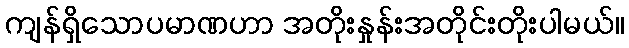
ကျန်ရှိသောပမာဏဟာ အတိုးနှုန်းအတိုင်းတိုးပါမယ်။